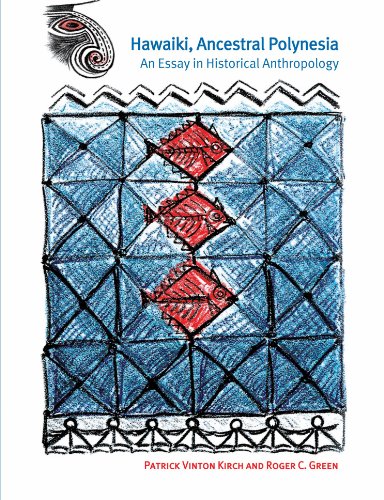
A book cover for Hawaiki, Ancestral Polynesia: An Essay in Historical Anthropology; Patrick Vinton Kirch; History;